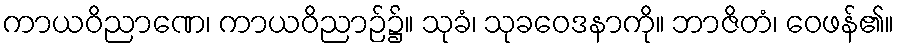
ကာယဝိညာဏေ၊ ကာယဝိညာဉ်၌။ သုခံ၊ သုခဝေဒနာကို။ ဘာဇိတံ၊ ဝေဖန်၏။